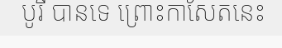
បូរី បានទេ ព្រោះកាសែតនេះ